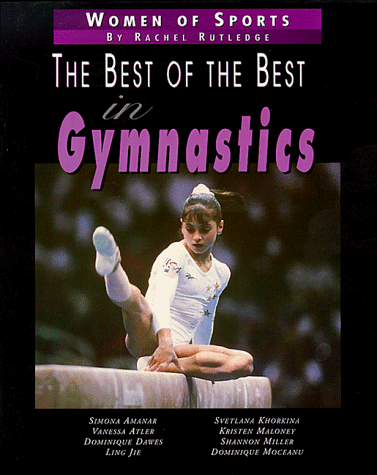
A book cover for Best Of The Best/Gymnastics (Women of Sports); Rachel Rutkedge; Children's Books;